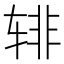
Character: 𰺎